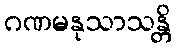
ဂဏမနုသာသန္တိ